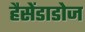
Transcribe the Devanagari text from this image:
हैसेंडाडोज